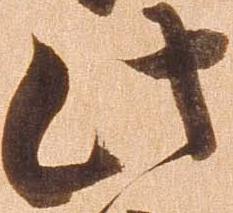
此